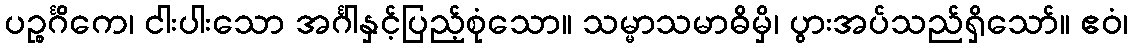
ပဉ္စင်္ဂိကေ၊ ငါးပါးသော အင်္ဂါနှင့်ပြည့်စုံသော။ သမ္မာသမာဓိမှိ၊ ပွားအပ်သည်ရှိသော်။ ဧဝံ၊